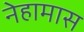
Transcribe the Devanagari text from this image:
नेहामास